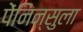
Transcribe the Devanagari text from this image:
पेंनिन्सुला